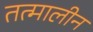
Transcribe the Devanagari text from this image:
तत्मालीन